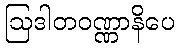
ဩဒါတဝဏ္ဏာနိပေ